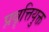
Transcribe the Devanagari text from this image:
प्रवृत्तियुक्त